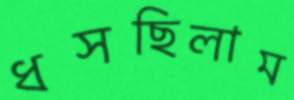
ধসছিলাম